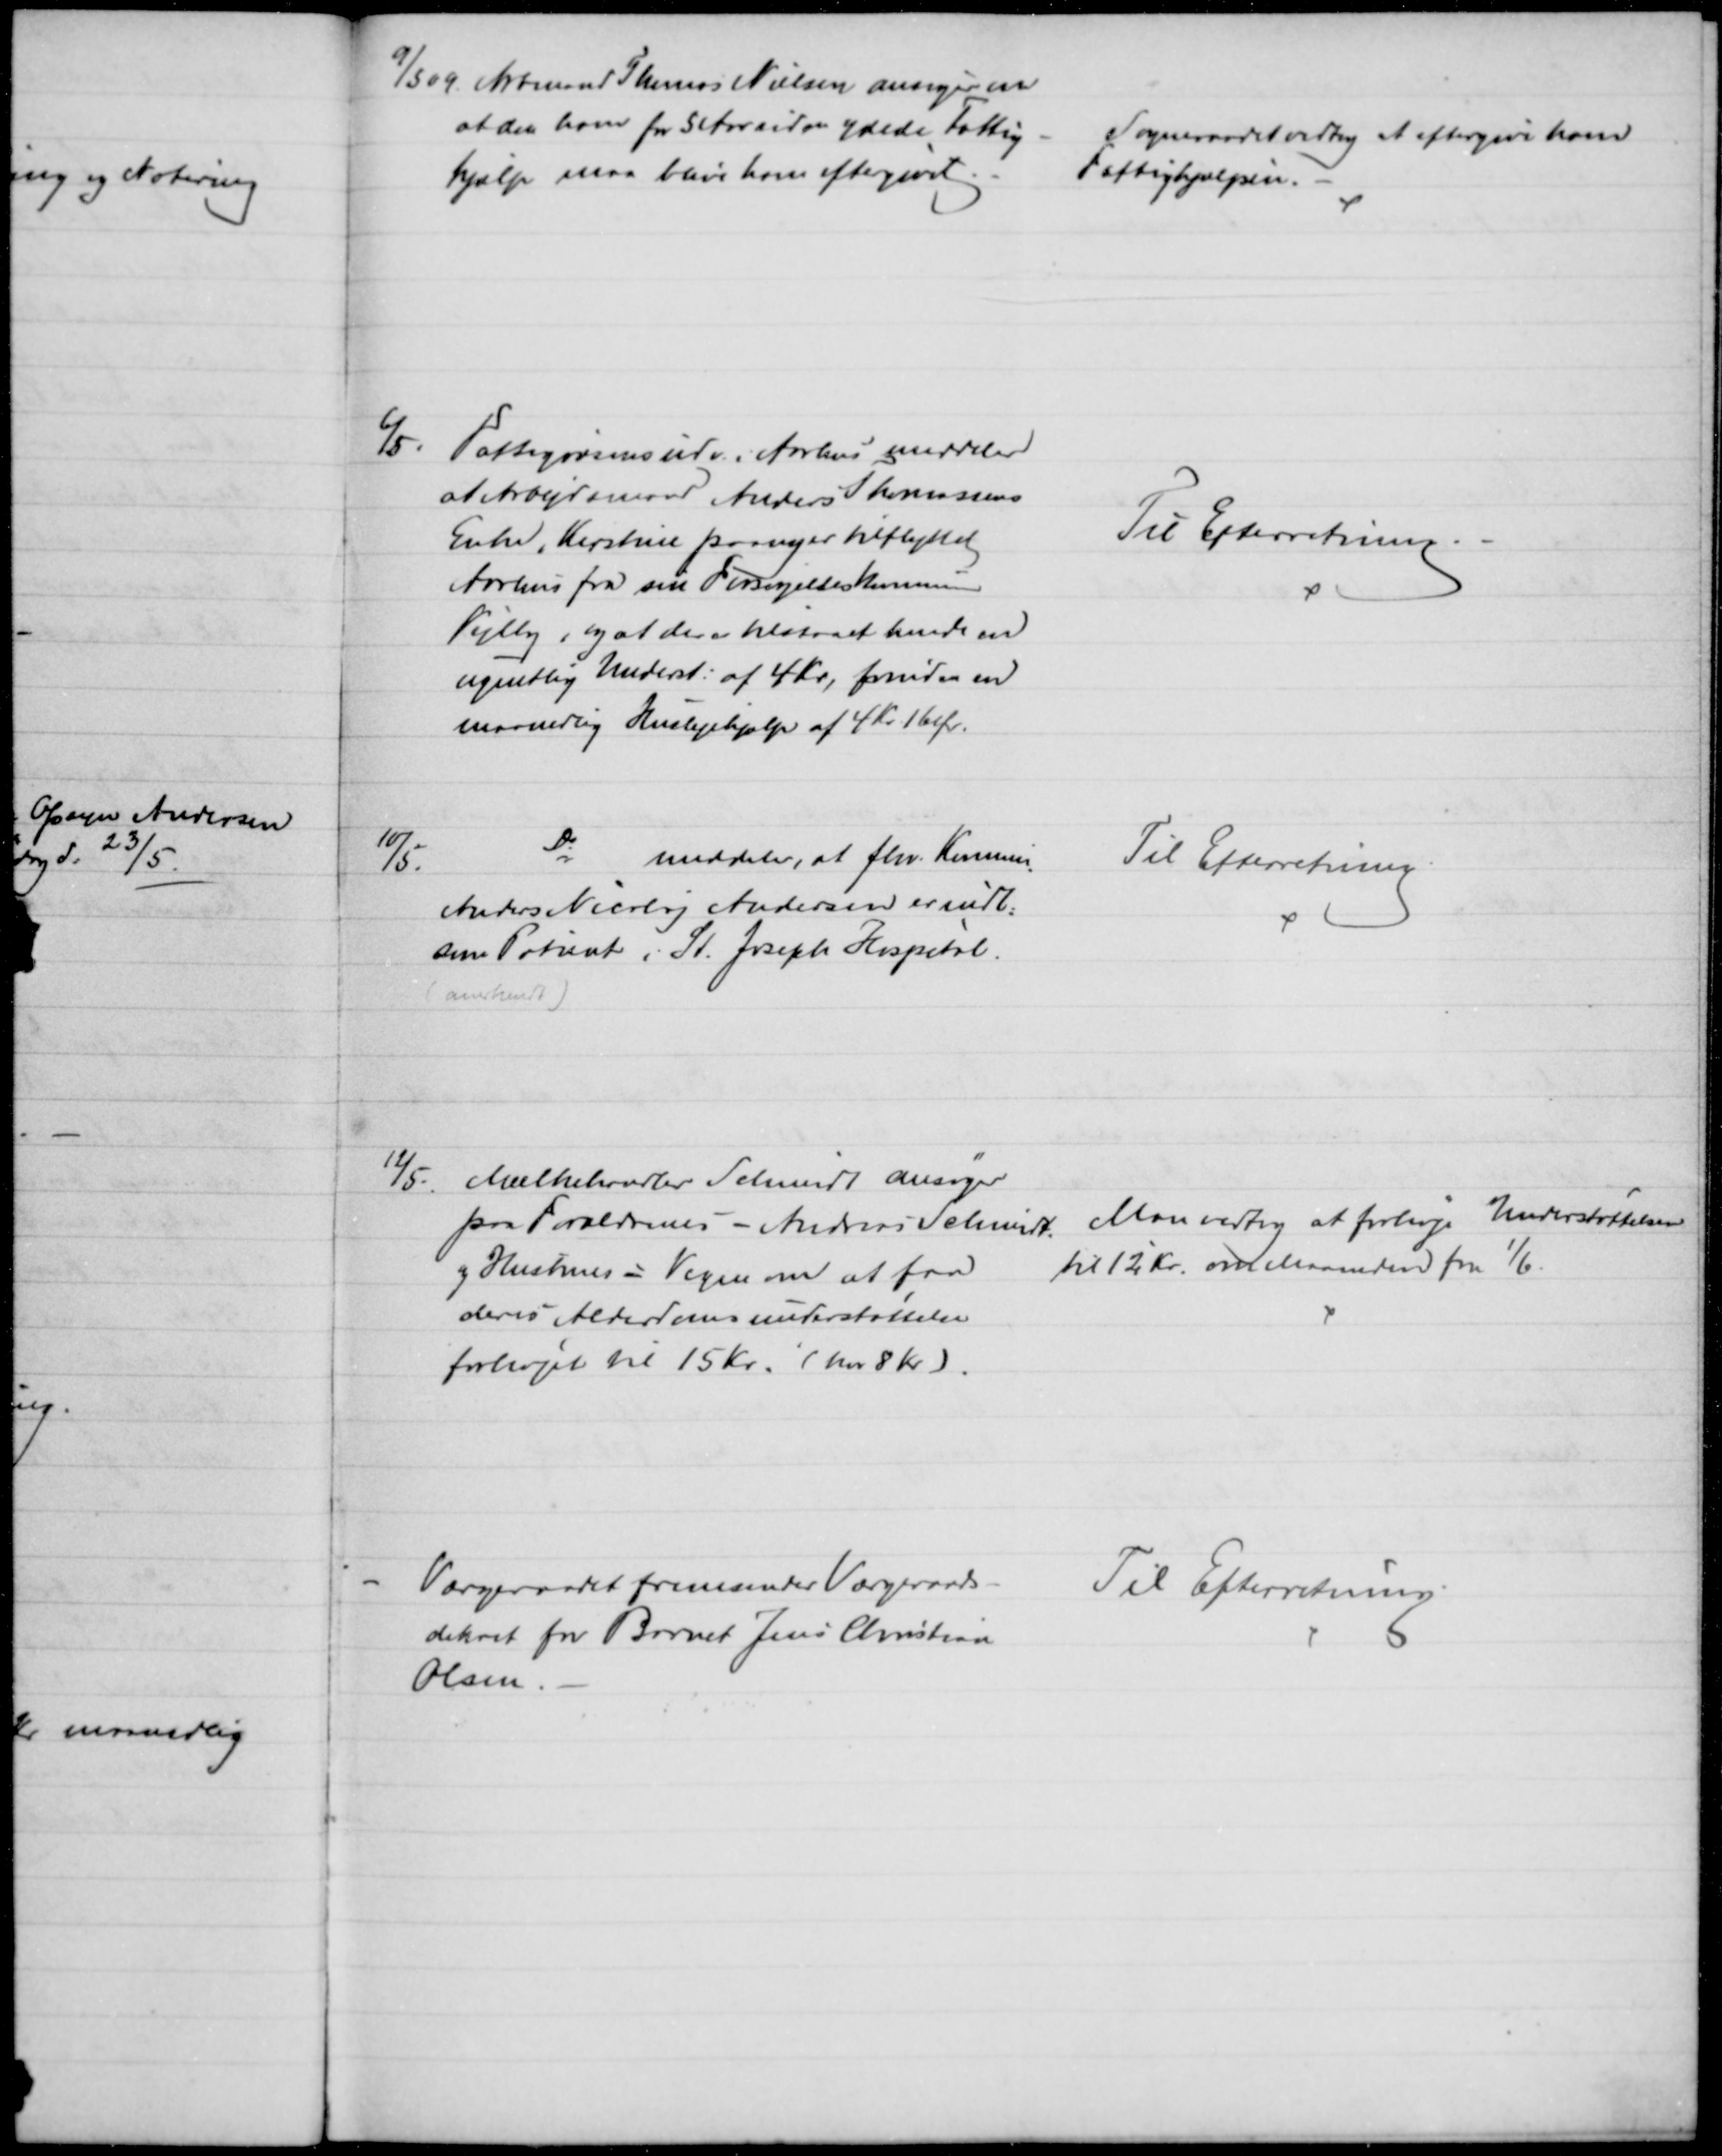
Transskription:
9/5 09 Arbmand Thomas Nielsen ansøger om
at den ham for 5 Aar siden ydede Fattig-
hjælp maa blive ham eftergivet.
Sogneraadet vedtog at eftergive ham
Fattighjælpen.
6/5.
Fattigvæsensudv. i Aarhus meddeler
at Arbejdsmand Anders Thomsens
Enke, Kirstine paany er tilflyttet
Aarhus fra sin Forsørgelseskommune
Vejlby, og at der er tilstaaet hende en
ugentlig Underst: af 4 Kr., foruden en
maanedlig Huslejehjælp af 4 Kr. 16 Ør.
Til Efterretning.
10/5.
Do
meddeler, at fhv. Kommis
Anders Nicolaj Andersen er indl.
som Patient i St. Joseph Hospital.
(anerkendt)
Til Efterretning.
12/5.
Mælkehandler Schmidt ansøger
paa Forældrenes - Andreas Schmidt
og Hustrues - Vegne om at faa
deres Alderdomsunderstøttelse
forhøjet til 15 Kr. ( har 8 Kr).
Man vedtog at forhøje Understøttelsen
til 12 Kr. om Maaneden fra 1/6.
Værgeraadet fremsender Værgeraads-
dekret for Barnet Jens Christian
Olsen.
Til Efterretning